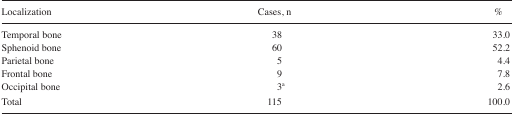
| Localization | Cases, n | % |
 | --- | --- | --- |
 | Temporal bone | 38 | 33.0 |
 | Sphenoid bone | 60 | 52.2 |
 | Parietal bone | 5 | 4.4 |
 | Frontal bone | 9 | 7.8 |
 | Occipital bone | 3a | 2.6 |
 | Total | 115 | 100.0 |